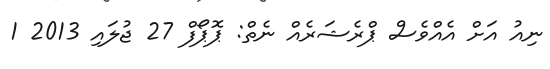
ނިއު އަށް އެއްވެސް ޕްރެޝަރެއް ނެތް: ޕޮޕޯފް 27 ޖުލައި 2013 1